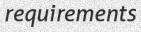
requirements